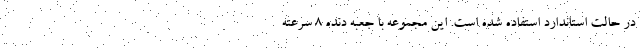
در حالت استاندارد استفاده شده است. این مجموعه با جعبه دنده 8 سرعته